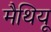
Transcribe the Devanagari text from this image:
मैथियू